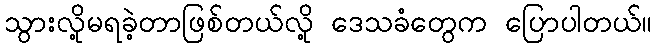
သွားလို့မရခဲ့တာဖြစ်တယ်လို့ ဒေသခံတွေက ပြောပါတယ်။